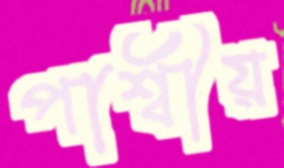
পার্শ্বীয়